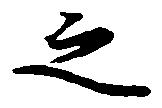
之